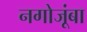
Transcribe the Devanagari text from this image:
नगोजूंबा